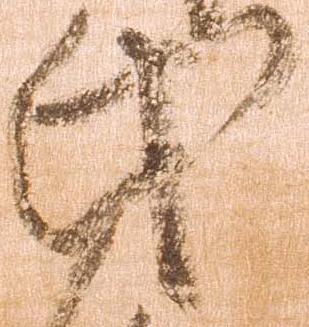
氏